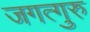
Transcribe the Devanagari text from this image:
जगत्गुरु